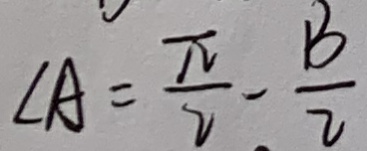
\angle A = \frac { \pi } { 2 } - \frac { B } { 2 }